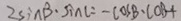
2 \sin B \cdot \sin C = - \cos B \cdot C O B +